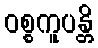
ဝစ္စကူပန္တိ